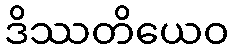
ဒိဿတိယေဝ